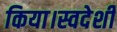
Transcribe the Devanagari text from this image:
किया।स्वदेशी